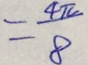
= \frac { 4 \pi } { 8 }